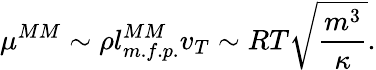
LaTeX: \mu^{MM}\sim\rho l_{m.f.p.}^{MM}v_{T}\sim RT\sqrt{\frac{m^{3}}{\kappa}}.